38_143685_box_Incident_Summaries_101-172
Agency: Department of War
Page 158
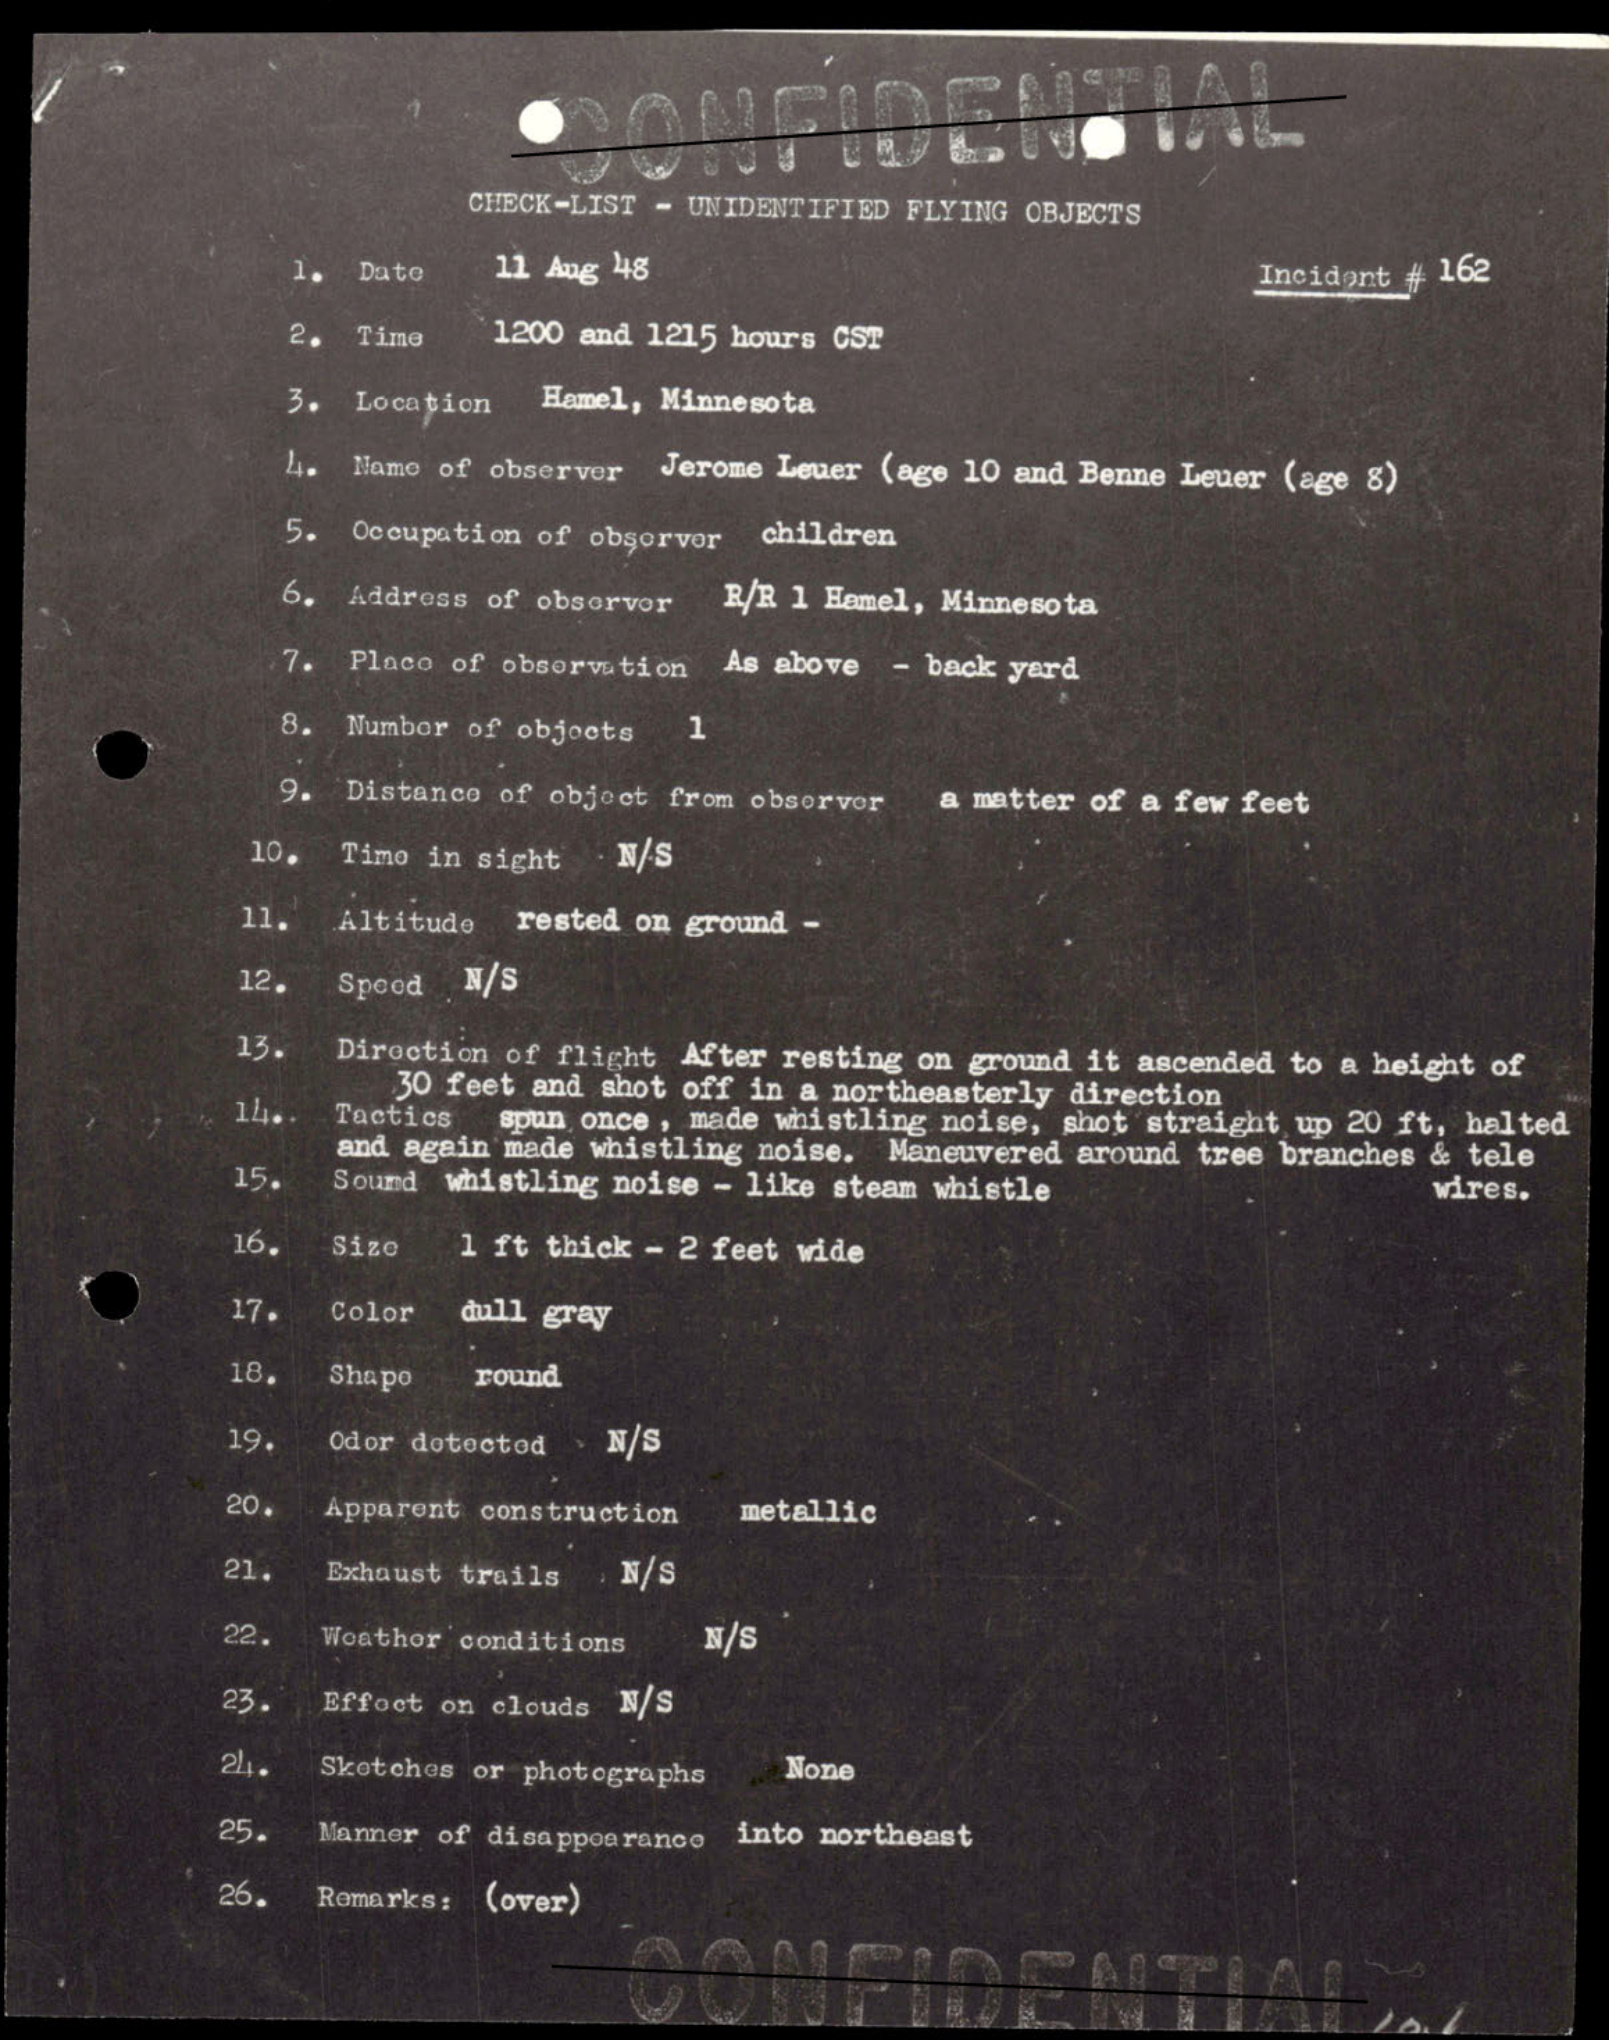